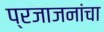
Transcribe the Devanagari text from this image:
प्रजाजनांचा